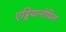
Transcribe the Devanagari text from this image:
एड्रियानोपिल